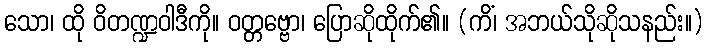
သော၊ ထို ဝိတဏ္ဍဝါဒီကို။ ဝတ္တဗ္ဗော၊ ပြောဆိုထိုက်၏။ (ကိံ၊ အဘယ်သိုဆိုသနည်း။)